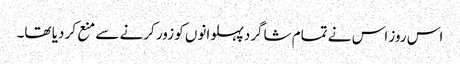
اس روز اس نے تمام شاگرد پہلوانوں کو زور کرنے سے منع کر دیا تھا۔